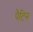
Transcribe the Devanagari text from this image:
पैटिन